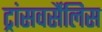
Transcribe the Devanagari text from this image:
ट्रांसवर्सैलिस